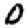
Digit: 0